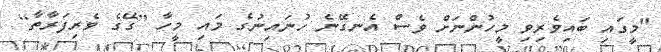
"މީގައި ބައިވެރިވި މީހުންނަށް ވެސް އެނގޭނެ ހުނައިނުގެ މައި މީހާ [ގޭގެ ވެރިފަރާތާ]